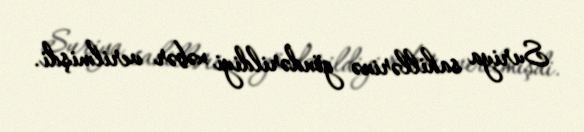
Suriya sahillərinə göndərildiyi xəbər verilmişdi.